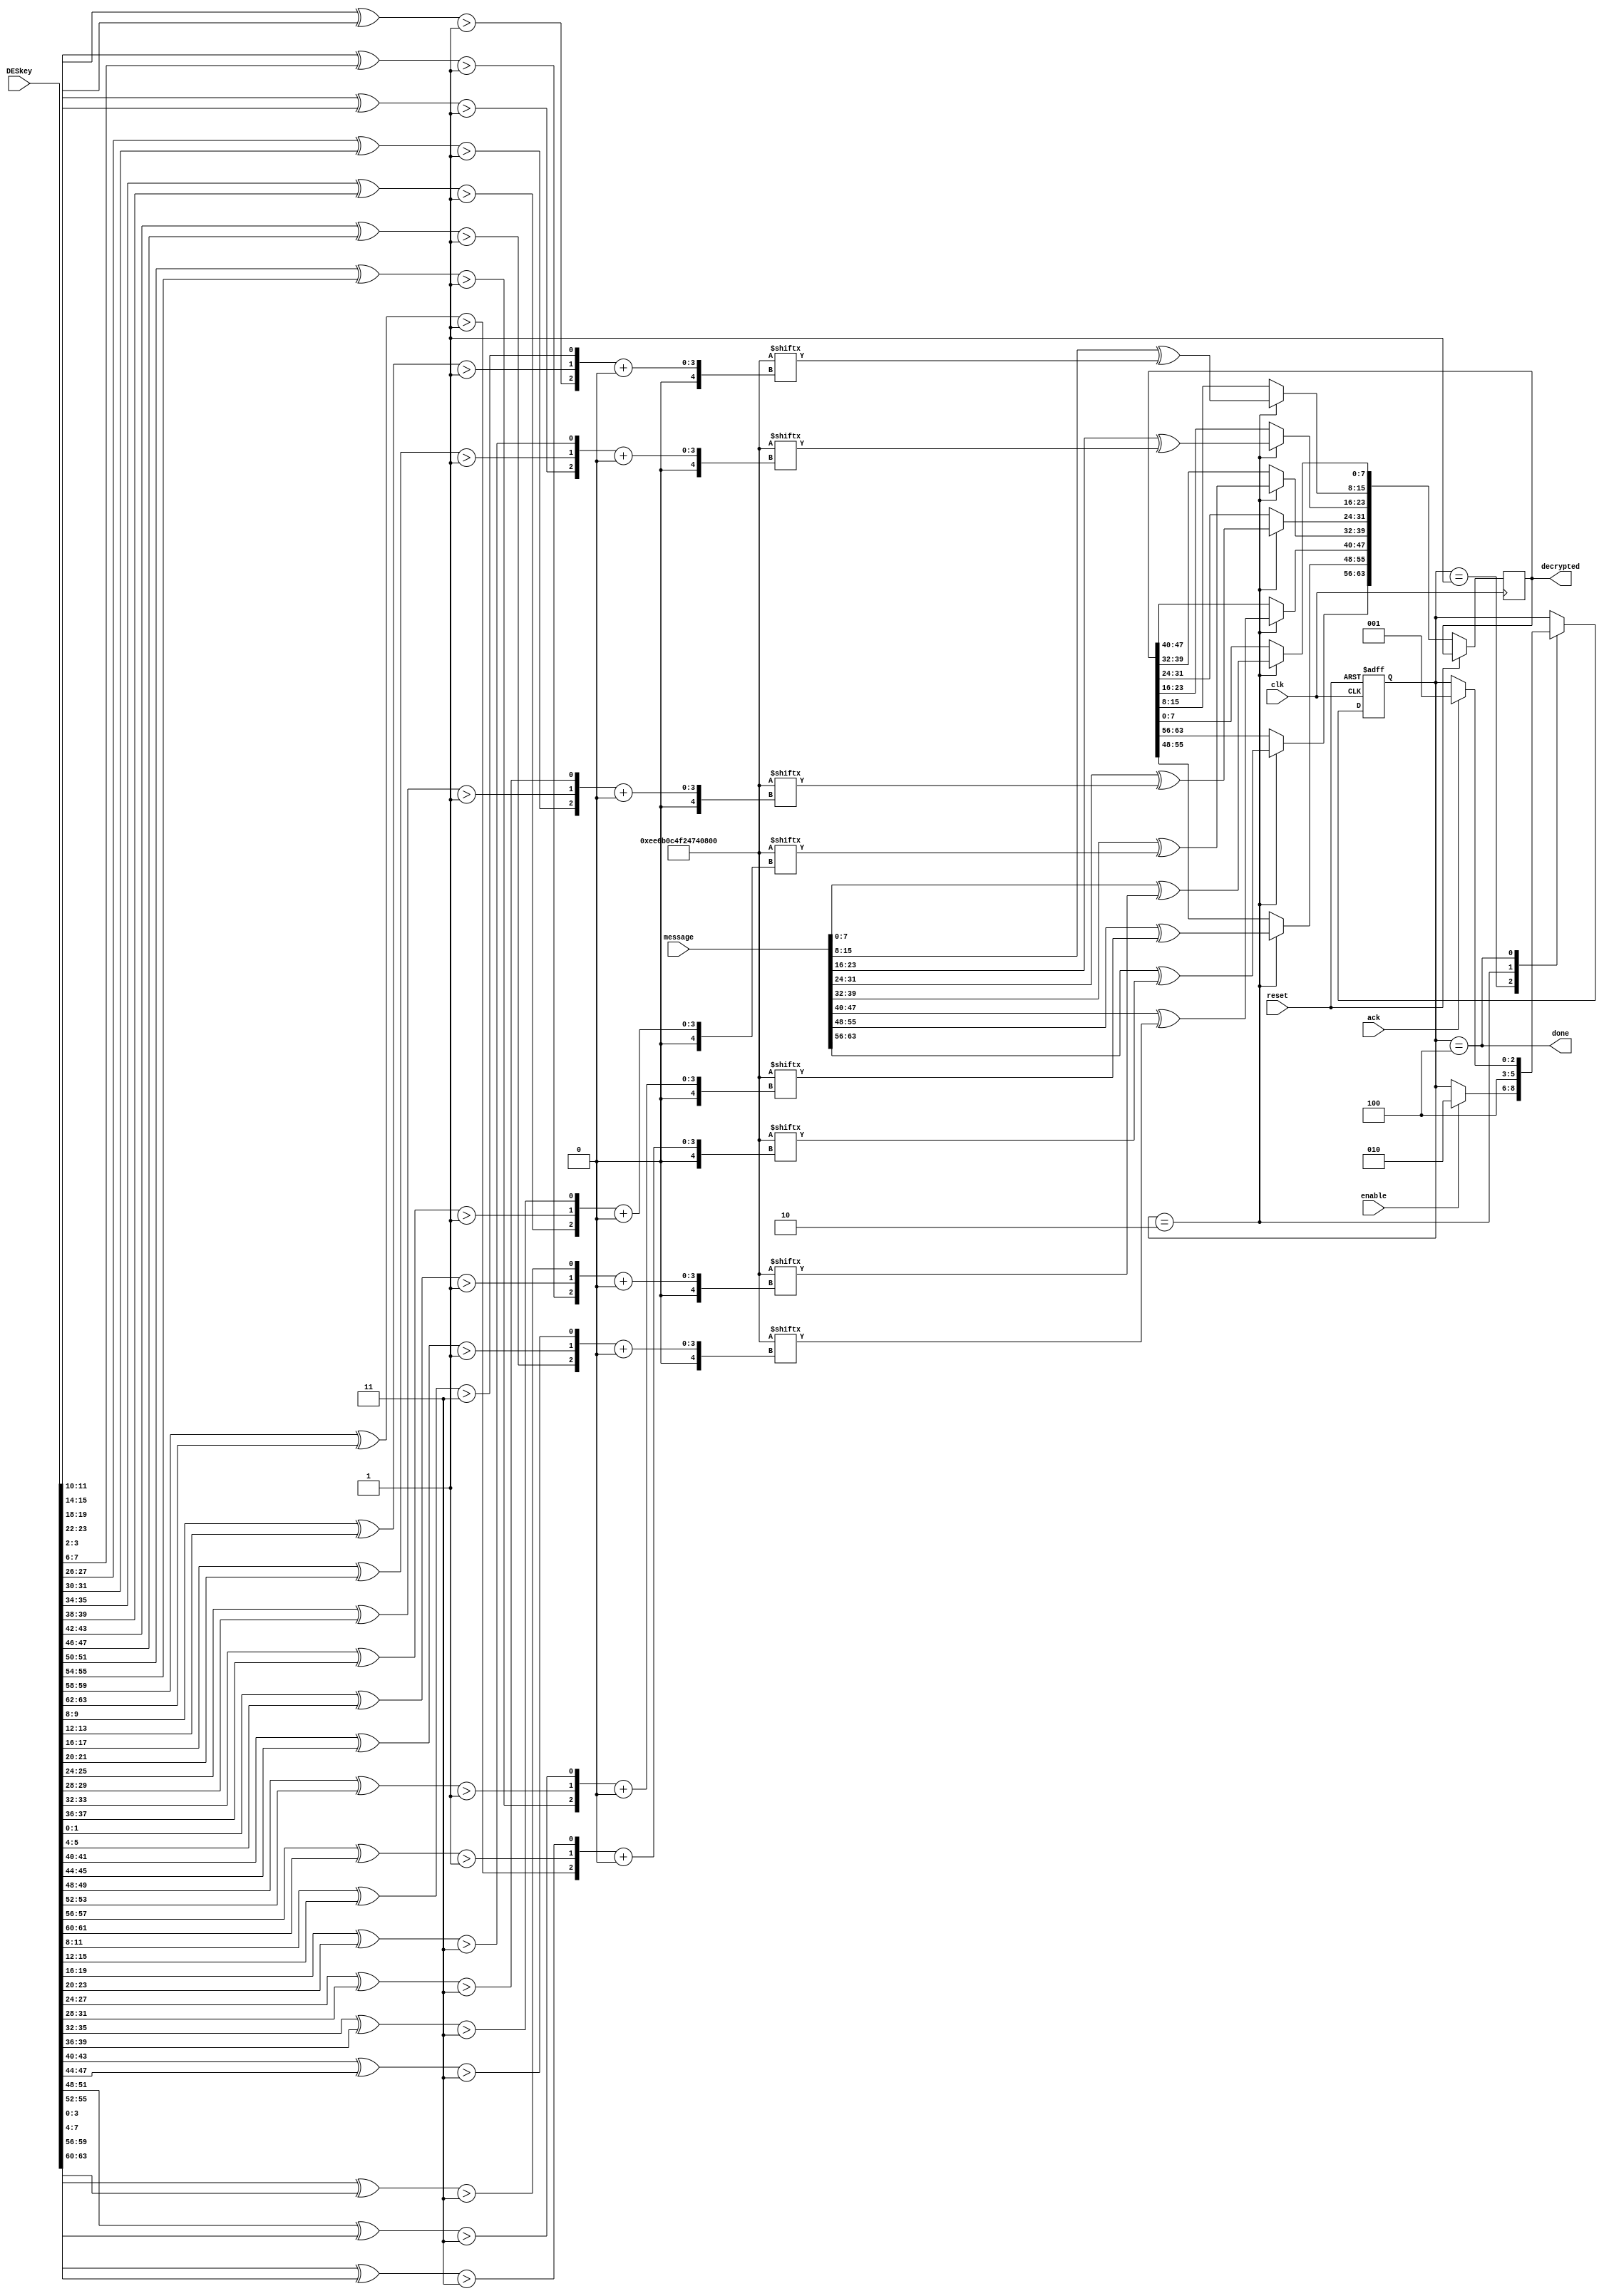
module decrypt_dumb(
	input [63:0] message,
	input [63:0] DESkey,
	output reg [63:0] decrypted,
	output done,
	input clk,
	input reset,
	input enable, 
	input ack
    );
	 
	// 8 of 8 bits
	reg [63:0] rand;
	initial begin
		rand = {8'd238, 8'd107, 8'd12, 8'd79, 8'd36, 8'd116, 8'd4, 8'd112};
	end
	 
	reg [7:0] firstBit, secondBit, thirdBit;
	// 8 of 3 bits
	reg [23:0] randIdx;
	reg [2:0] state;
	
	localparam
	INITIAL = 3'd1,
	DECRYPT = 3'd2,
	DONE = 3'd4;

	always @ (posedge clk, posedge reset)
		begin
			if(reset)
				begin
					state <= INITIAL;
					randIdx = 24'd0;
				end
			else 
				begin
					case (state) 
						INITIAL:
							begin : STATE_INITIAL
								if (enable)
									state <= DECRYPT;
							end
						DECRYPT:
							begin: STATE_DECRYPT 
								integer i;
								for (i = 0; i < 8; i = i + 1) begin
									firstBit[i] = (DESkey[8*i+2 +: 2] ^ DESkey[8*i+6 +: 2]) > 2'd1;
									secondBit[i] = (DESkey[8*i +: 2] ^ DESkey[8*i+4 +: 2]) > 2'd1;
									thirdBit[i] = (DESkey[8*i +: 4] ^ DESkey[8*i+4 +: 4]) > 3'd3;
									
									randIdx[3 * i +: 3] = {firstBit[i], secondBit[i], thirdBit[i]};
									decrypted[8 * i +: 8] <= message[8 * i +: 8] ^ rand[randIdx[3 * i +: 3] +: 8];
								end
								state <= DONE;
							end
						DONE: 
							begin: STATE_DONE
								if (ack)
									state <= INITIAL;
							end
					endcase
				end
		end
		
	assign done = state == DONE;
	
endmodule